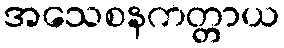
အသေစနကတ္တာယ